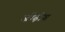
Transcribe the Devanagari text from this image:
जीढ़ोग